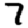
Digit: 7